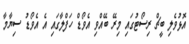
އޮޅުވެލި ބީޗް ރިސޯޓުގައި މިރޭ ބޭއްވި އެވޯޑް ހަފްލާގައި އެ އެވޯޑު ސިޔާމާ